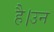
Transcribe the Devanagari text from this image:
है।उन